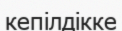
кепілдікке